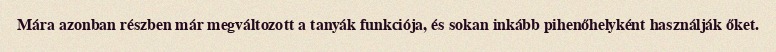
Mára azonban részben már megváltozott a tanyák funkciója, és sokan inkább pihenőhelyként használják őket.